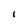
Character: I